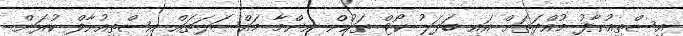
އިސްތިއުނާފު މުއްދަތަށް އައި ބަދަލު ކޯޓް ތަކުން ނިންމާ މައްސަލަތައް އިސްތިއުނާފް ކުރަން